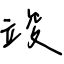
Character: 竣